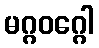
မဂ္ဂဝဂ္ဂေါ